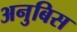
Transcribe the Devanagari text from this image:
अनुबिस